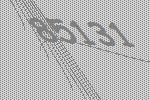
85131